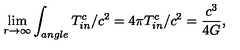
\lim _ { r \rightarrow \infty } \int _ { a n g l e } T _ { i n } ^ { c } / c ^ { 2 } = 4 \pi T _ { i n } ^ { c } / c ^ { 2 } = \frac { c ^ { 3 } } { 4 G } ,